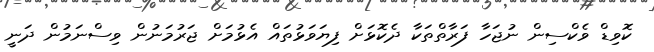
ކޮވިޑް ވެކްސިން ނުޖަހާ ފަރާތްތަކާ ދެކޮޅަށް ފިޔަވަޅުތައް އެޅުމަށް ޖަރުމަނުން ވިސްނަމުން ދަނީ